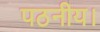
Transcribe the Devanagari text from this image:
पठनीय।